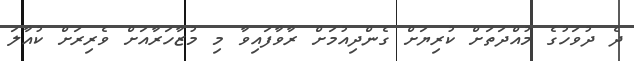
ދެ ދުވަހުގެ މުއްދަތަށް ކުރިޔަށް ގެންދިއުމަށް ރާވާފައިވާ މި މުޒާހަރާއަށް ވެރިރަށް ކުއާލަ